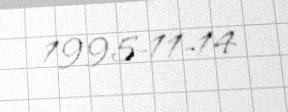
1995-11-14